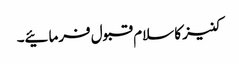
کنیز کا سلام قبول فرمائیے۔